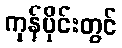
ကုန်ပိုင်းတွင်